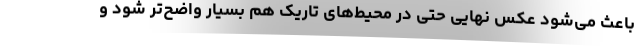
باعث می‌شود عکس نهایی حتی در محیط‌های تاریک هم بسیار واضح‌تر شود و